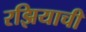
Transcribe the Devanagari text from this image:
रझियाची